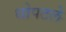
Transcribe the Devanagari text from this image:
धोपटले